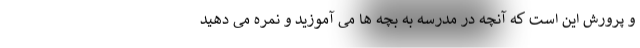
و پرورش این است که آنچه در مدرسه به بچه ها می آموزید و نمره می دهید